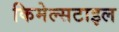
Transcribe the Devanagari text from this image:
किमेल्सटाइल